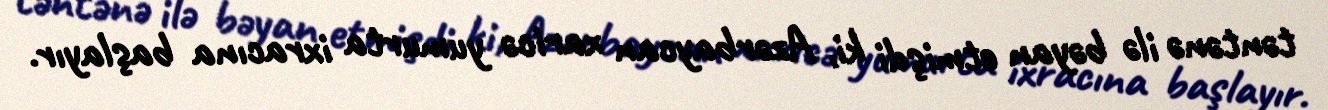
təntənə ilə bəyan etmişdi ki, Azərbaycan xaricə yumurta ixracına başlayır.